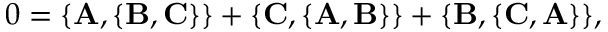
0 = \{ { \bf A } , \{ { \bf B } , { \bf C } \} \} + \{ { \bf C } , \{ { \bf A } , { \bf B } \} \} + \{ { \bf B } , \{ { \bf C } , { \bf A } \} \} ,